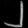
Digit: ၂